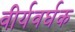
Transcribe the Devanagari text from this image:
वीर्यवर्घक